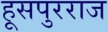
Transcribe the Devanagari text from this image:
हूसपुरराज